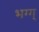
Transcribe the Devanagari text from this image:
भग्ग्